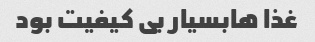
غذا هابسیار بی کیفیت بود